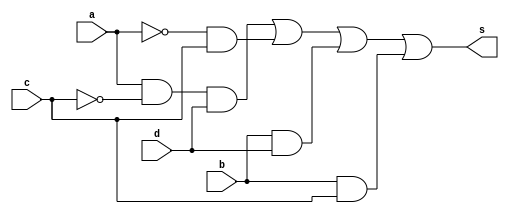
// Nome: Raphaela Fernanda Silva
// Matrcula: 420141

module simplQM ( s,a,b,c,d );

output s;
input a,b,c,d;
wire s1,s2,s3,s4,s5,s6;

not NOT1 (s1,c);
not NOT2 (s3,a);
and AND1 (s2,a,s1,d);
and AND2 (s4,s3,c);
and AND3 (s5,b,d);
and AND4 (s6,b,c);
or OR1 (s,s2,s4,s5,s6);

endmodule

module testQM;
reg a,b,c,d;
wire s;

simplQM  QM ( s,a,b,c,d );

initial begin:start
        a=0; b=0; c=0; d=0;
end

initial begin: main
#1 $display (" Exercicio 01 - Guia08 ");
#1 $display (" a   b   c   d  =   s ");
  $monitor (" %b   %b   %b   %b  =   %b ",a,b,c,d,s);
           #1 a=0;    b=0;   c=0;   d=1;
			  #1 a=0;    b=0;   c=1;   d=0;
			  #1 a=0;    b=0;   c=1;   d=1;
			  #1 a=0;    b=1;   c=0;   d=0;
			  #1 a=0;    b=1;   c=0;   d=1;
			  #1 a=0;    b=1;   c=1;   d=0;
			  #1 a=0;    b=1;   c=1;   d=1;
			  #1 a=1;    b=0;   c=0;   d=0;
			  #1 a=1;    b=0;   c=0;   d=1;
			  #1 a=1;    b=0;   c=1;   d=0;
			  #1 a=1;    b=0;   c=1;   d=1;
			  #1 a=1;    b=1;   c=0;   d=0;
			  #1 a=1;    b=1;   c=0;   d=1;
			  #1 a=1;    b=1;   c=1;   d=0;
			  #1 a=1;    b=1;   c=1;   d=1;
			  
			  
			  
end
endmodule